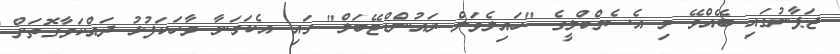
ޖަޕާނުގައި ބޭއްވޭ މި އެސެމްބްލީގެ "ހައިލެވަލް ރައުންޑްޓޭބަލް" ގައި އެކަމަނާ ވާހަކަފުޅު ދައްކަވާގޮތަށް